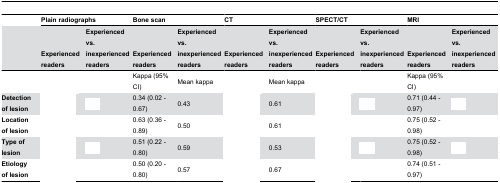
<table><thead><tr><td>[EMPTY_CELL]</td><td colspan="2"><b>Plain radiographs</b></td><td colspan="2"><b>Bone scan</b></td><td colspan="2"><b>CT</b></td><td colspan="2"><b>SPECT/CT</b></td><td colspan="2"><b>MRI</b></td></tr><tr><td>[EMPTY_CELL]</td><td><b>Experienced readers</b></td><td><b>Experienced vs. inexperienced readers</b></td><td><b>Experienced readers</b></td><td><b>Experienced vs. inexperienced readers</b></td><td><b>Experienced readers</b></td><td><b>Experienced vs. inexperienced readers</b></td><td><b>Experienced readers</b></td><td><b>Experienced vs. inexperienced readers</b></td><td><b>Experienced readers</b></td><td><b>Experienced vs. inexperienced readers</b></td></tr></thead><tbody><tr><td>[EMPTY_CELL]</td><td>[EMPTY_CELL]</td><td>[EMPTY_CELL]</td><td>Kappa (95% CI)</td><td>Mean kappa</td><td>[EMPTY_CELL]</td><td>Mean kappa</td><td>[EMPTY_CELL]</td><td>[EMPTY_CELL]</td><td>Kappa (95% CI)</td><td>[EMPTY_CELL]</td></tr><tr><td><b>Detection of lesion</b></td><td>[EMPTY_CELL]</td><td>[EMPTY_CELL]</td><td>0.34 (0.02 - 0.67)</td><td>0.43 </td><td>[EMPTY_CELL]</td><td>0.61 </td><td>[EMPTY_CELL]</td><td>[EMPTY_CELL]</td><td>0.71 (0.44 - 0.97)</td><td>[EMPTY_CELL]</td></tr><tr><td><b>Location of lesion</b></td><td>[EMPTY_CELL]</td><td>[EMPTY_CELL]</td><td>0.63 (0.36 - 0.89)</td><td>0.50 </td><td>[EMPTY_CELL]</td><td>0.61 </td><td>[EMPTY_CELL]</td><td>[EMPTY_CELL]</td><td>0.75 (0.52 - 0.98)</td><td>[EMPTY_CELL]</td></tr><tr><td><b>Type of lesion</b></td><td>[EMPTY_CELL]</td><td>[EMPTY_CELL]</td><td>0.51 (0.22 - 0.80)</td><td>0.59 </td><td>[EMPTY_CELL]</td><td>0.53 </td><td>[EMPTY_CELL]</td><td>[EMPTY_CELL]</td><td>0.75 (0.52 - 0.98)</td><td>[EMPTY_CELL]</td></tr><tr><td><b>Etiology of lesion</b></td><td>[EMPTY_CELL]</td><td>[EMPTY_CELL]</td><td>0.50 (0.20 - 0.80)</td><td>0.57 </td><td>[EMPTY_CELL]</td><td>0.67 </td><td>[EMPTY_CELL]</td><td>[EMPTY_CELL]</td><td>0.74 (0.51 - 0.97)</td><td>[EMPTY_CELL]</td></tr></tbody></table>